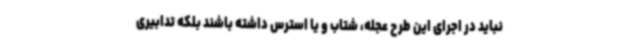
نباید در اجرای این طرح عجله، شتاب و یا استرس داشته باشند بلکه تدابیری